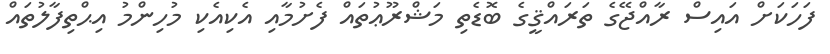
ފަހަކަށް އައިސް ރާއްޖޭގެ ތަރައްޤީގެ ބޮޑެތި މަޝްރޫޢުތައް ފެށުމާއި އެކިއެކި މުހިންމު އިޙްތިފާލުތައް